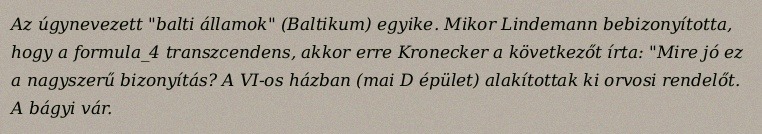
Az úgynevezett "balti államok" (Baltikum) egyike. Mikor Lindemann bebizonyította, hogy a formula_4 transzcendens, akkor erre Kronecker a következőt írta: "Mire jó ez a nagyszerű bizonyítás? A VI-os házban (mai D épület) alakítottak ki orvosi rendelőt. A bágyi vár.